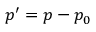
p ^ { \prime } = p - p _ { 0 }